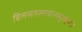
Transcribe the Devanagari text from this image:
विलसतस्तावत्समुज्जृंभते